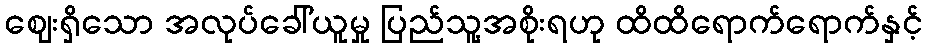
ဈေးရှိသော အလုပ်ခေါ်ယူမှု ပြည်သူ့အစိုးရဟု ထိထိရောက်ရောက်နှင့်